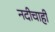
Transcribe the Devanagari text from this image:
नदीचाही